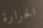
الحرارة